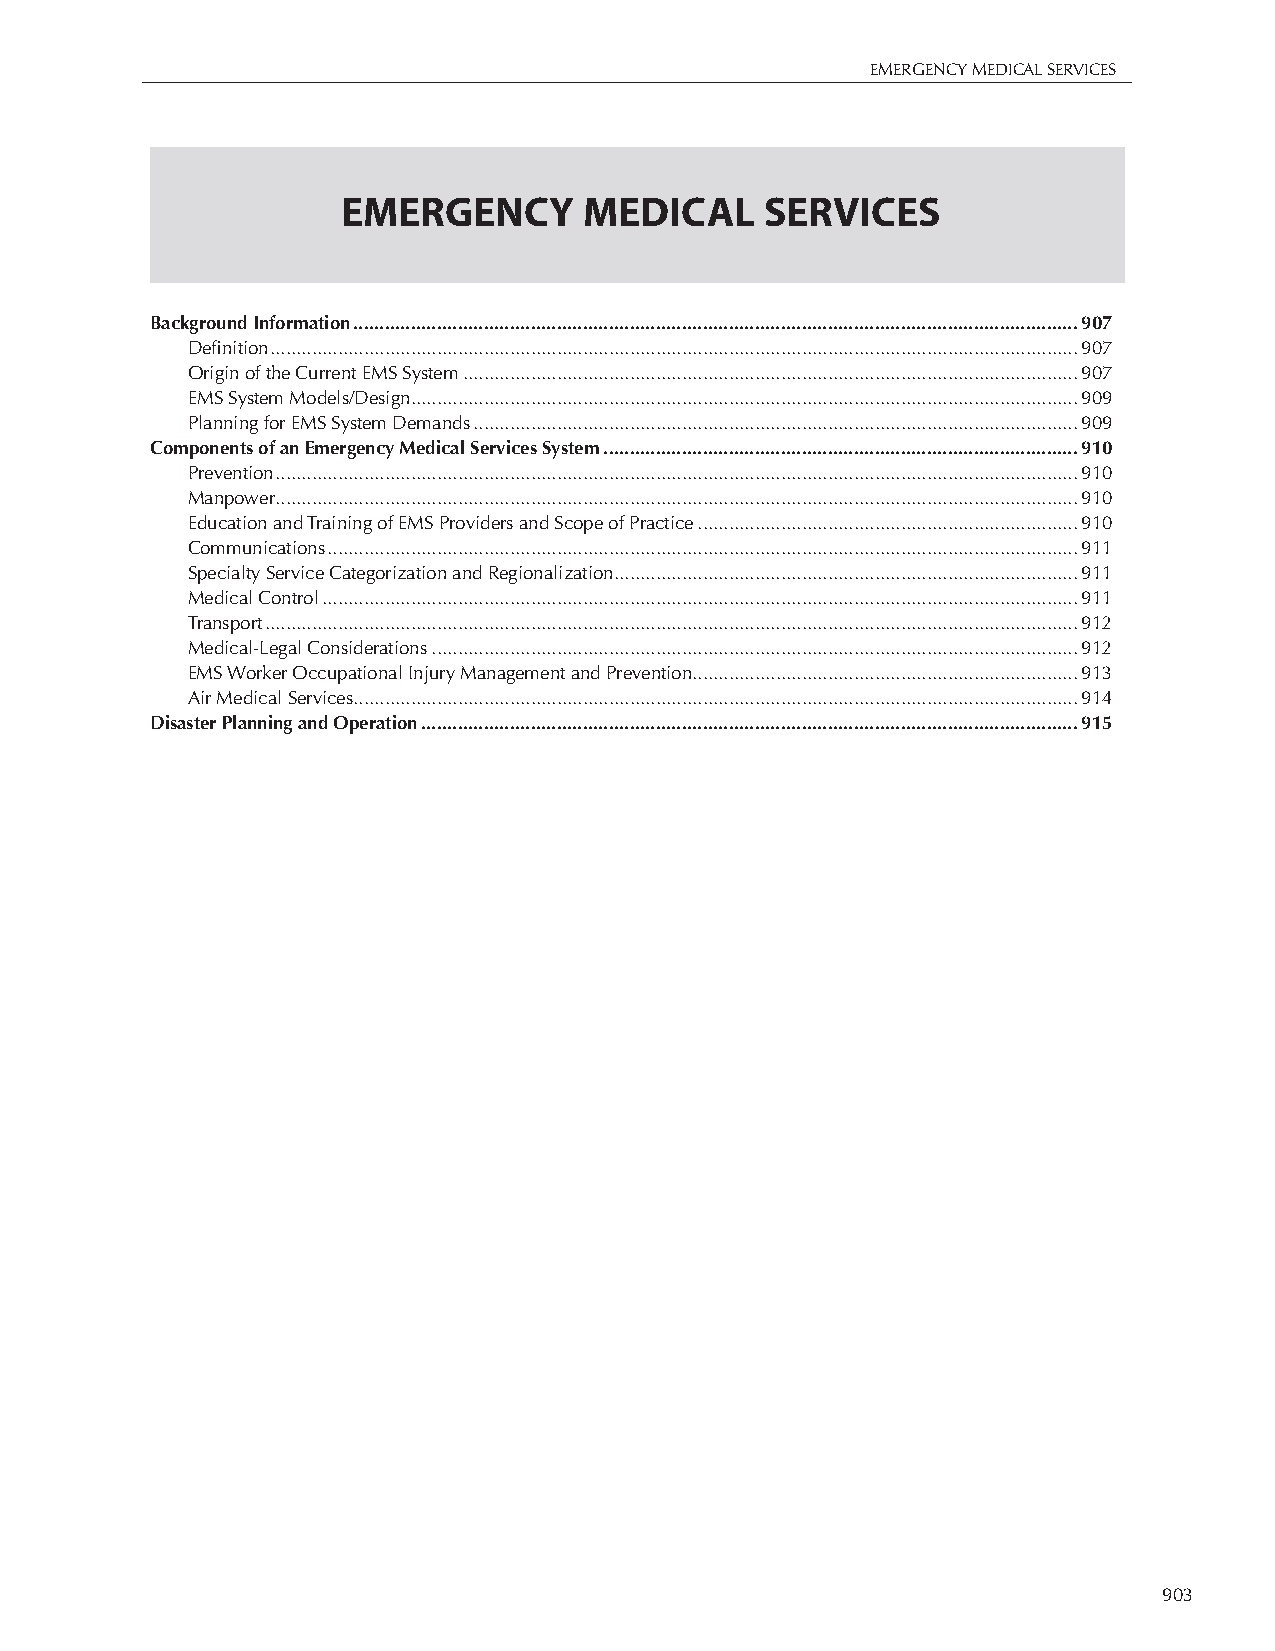
EMERGENCY MEDICAL SERVICES
 EMERGENCY       MEDICAL     SERVICES
 Background Information ...........................................................................................................................................907
 Definition ...........................................................................................................................................................907
 Origin of the Current EMS System ......................................................................................................................907
 EMS System Models/Design ................................................................................................................................909
 Planning for EMS System Demands ....................................................................................................................909
 Components of an Emergency Medical Services System ...........................................................................................910
 Prevention ..........................................................................................................................................................910
 Manpower ..........................................................................................................................................................910
 Education and Training of EMS Providers and Scope of Practice .........................................................................910
 Communications ................................................................................................................................................911
 Specialty Service Categorization and Regionalization .........................................................................................911
 Medical Control .................................................................................................................................................911
 Transport ............................................................................................................................................................912
 Medical-Legal Considerations ............................................................................................................................912
 EMS Worker Occupational Injury Management and Prevention..........................................................................913
 Air Medical Services ...........................................................................................................................................914
 Disaster Planning and Operation ..............................................................................................................................915
 903